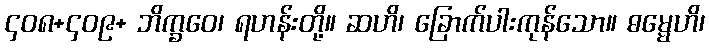
၄၀၈+၄၀၉+ ဘိက္ခဝေ၊ ရဟန်းတို့။ ဆဟိ၊ ခြောက်ပါးကုန်သော။ ဓမ္မေဟိ၊